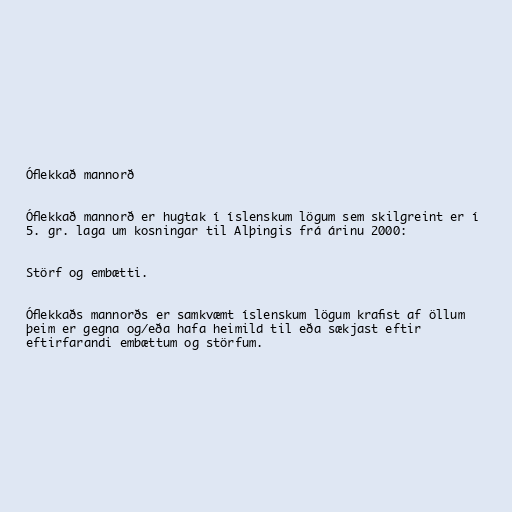
Óflekkað mannorð

Óflekkað mannorð er hugtak í íslenskum lögum sem skilgreint er í
5. gr. laga um kosningar til Alþingis frá árinu 2000:

Störf og embætti.

Óflekkaðs mannorðs er samkvæmt íslenskum lögum krafist af öllum
þeim er gegna og/eða hafa heimild til eða sækjast eftir
eftirfarandi embættum og störfum.